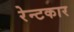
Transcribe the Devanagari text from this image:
रेन्टकार